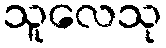
သူလေသု